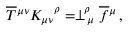
\overline { { T } } { ^ { \mu \nu } } K _ { \mu \nu } ^ { \ \ \, \rho } = \perp _ { \, \mu } ^ { \! \rho } \overline { { f } } { ^ \mu } \, ,